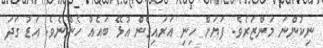
ނިކުންނަ މަންޒަރެވެ. ފަޔަށް ހިނި އަރައިގެން އުޅޭ ބައެއް ހެންނެވެ. އަޑު ގަދަ